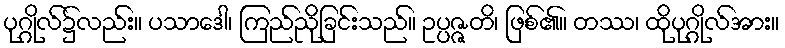
ပုဂ္ဂိုလ်၌လည်း။ ပသာဒေါ၊ ကြည်ညိုခြင်းသည်။ ဥပ္ပဇ္ဇတိ၊ ဖြစ်၏။ တဿ၊ ထိုပုဂ္ဂိုလ်အား။